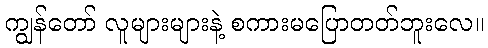
ကျွန်တော် လူများများနဲ့ စကားမပြောတတ်ဘူးလေ။